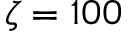
\zeta = 1 0 0